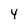
Character: 4